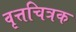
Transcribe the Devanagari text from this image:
वृत्तचित्रक